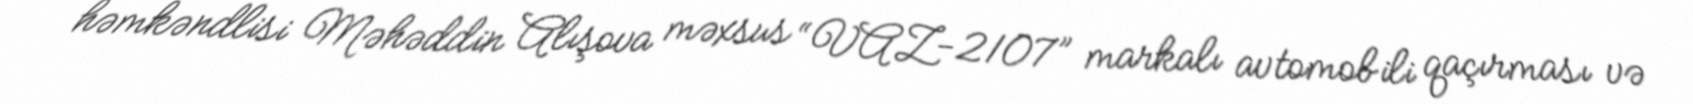
həmkəndlisi Məhəddin Alışova məxsus “VAZ-2107” markalı avtomobili qaçırması və